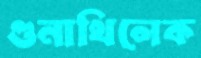
গুনাথিলেক